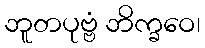
ဘူတပုဗ္ဗံ ဘိက္ခဝေ၊